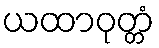
ယထာဝုတ္တံ